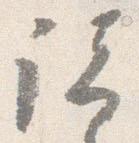
諸